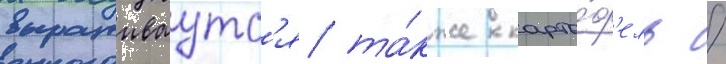
выращиваутс'я та́кже карто́ф'ель /